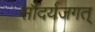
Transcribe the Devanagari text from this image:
सौंदर्यजगत्